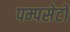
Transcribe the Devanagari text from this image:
पम्पसेटों